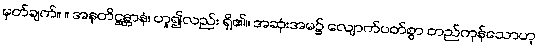
မှတ်ချက်။ ။ အနုတိဋ္ဌန္တာနံ၊ ဟူ၍လည်း ရှိ၏။ အဆုံးအမ၌ လျောက်ပတ်စွာ တည်ကုန်သောဟု